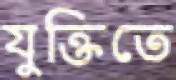
যুক্তিতে